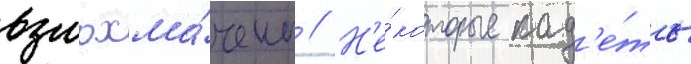
взлохма́чены // Н'е́которые кад'е́ты